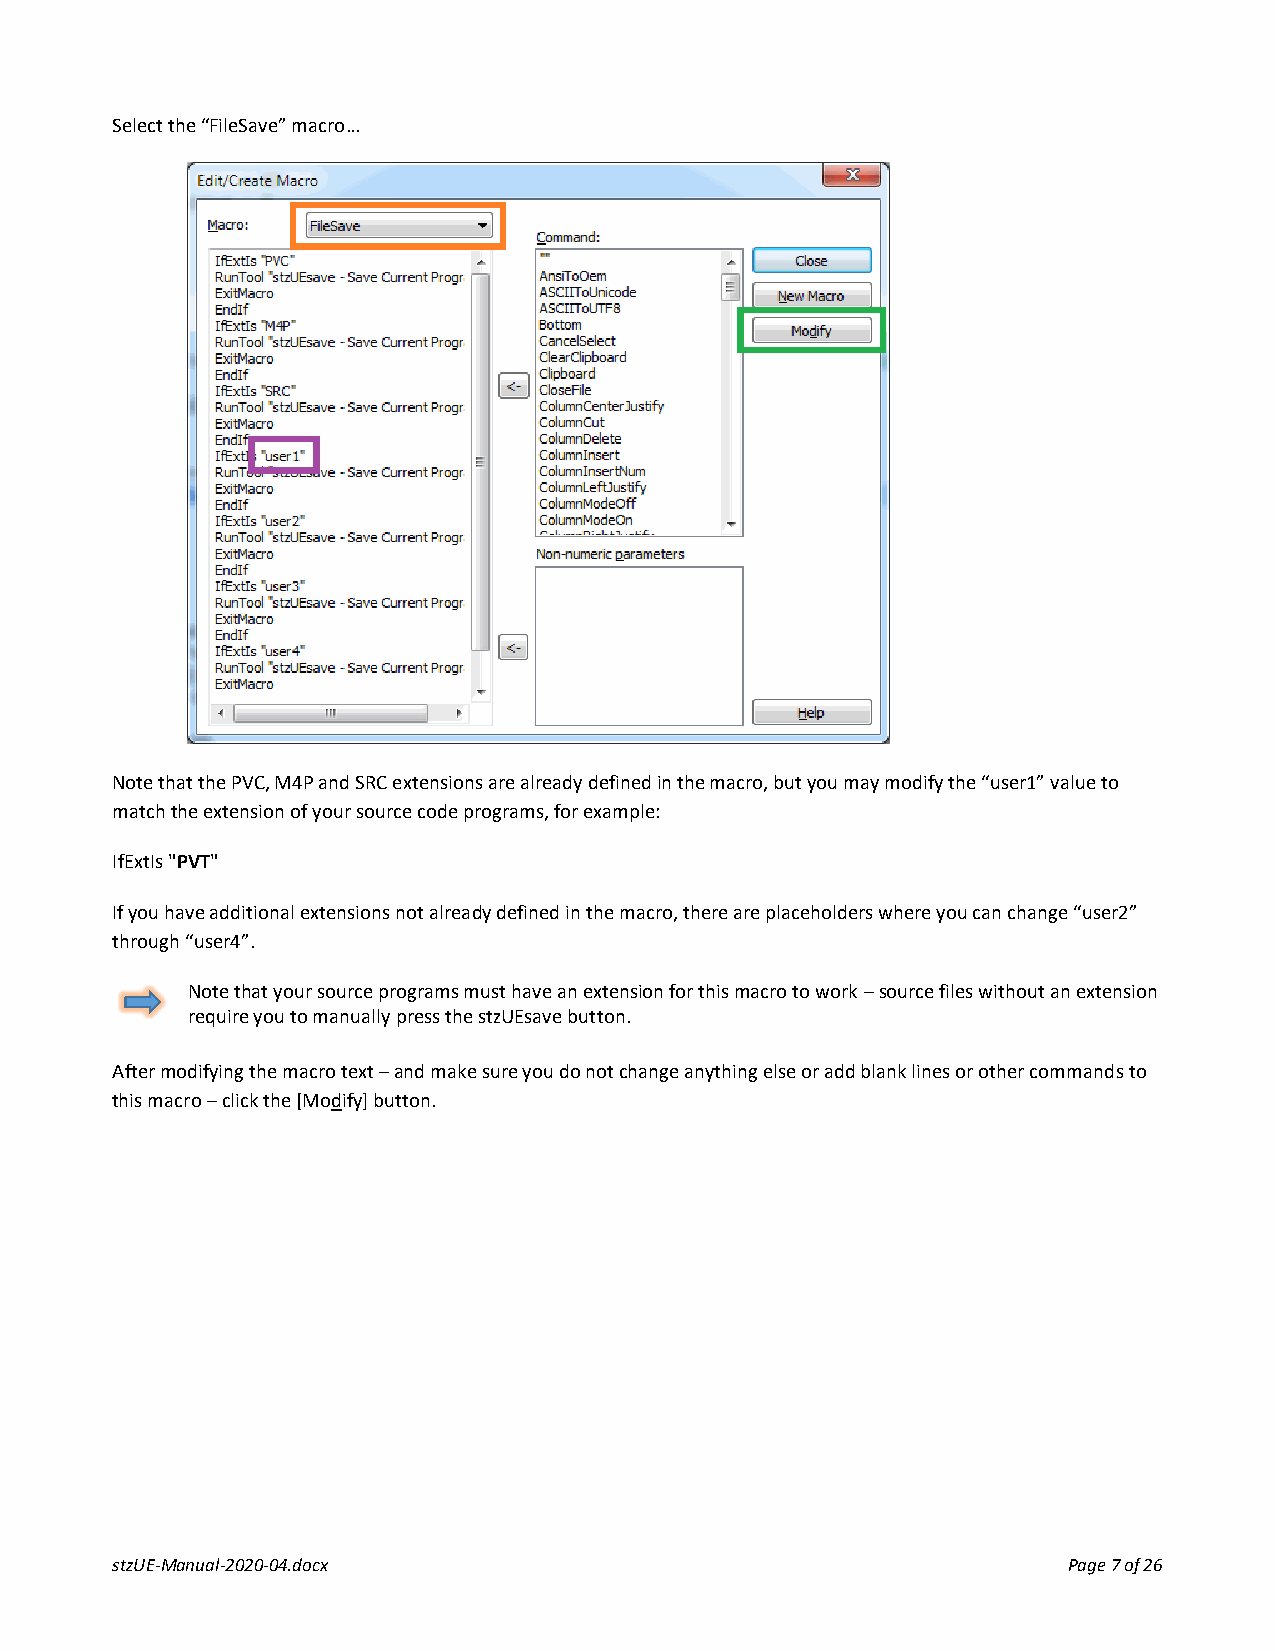
Select the “FileSave” macro…
 Note that the PVC, M4P and SRC extensions are already defined in the macro, but you may modify the “user1” value to
 match the extension of your source code programs, for example:
 IfExtIs "PVT"
 If you have additional extensions not already defined in the macro, there are placeholders where you can change “user2”
 through “user4”.
 Note that your source programs must have an extension for this macro to work – source files without an extension
 require you to manually press the stzUEsave button.
 After modifying the macro text – and make sure you do not change anything else or add blank lines or other commands to
 this macro – click the [Modify] button.
 stzUE-Manual-2020-04.docx                                       Page 7 of 26